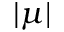
| \mu |